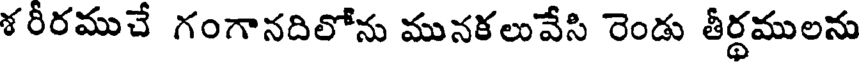
శ రీరముచే గంగానదిలోను మునకలువేసి రెండు తీర్థములను